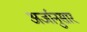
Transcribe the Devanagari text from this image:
अर्जानुसार